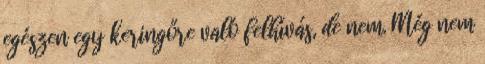
egészen egy keringőre való felhívás, de nem. Még nem